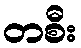
တစီး